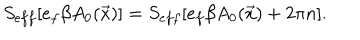
LaTeX: S _ { e f f } [ e _ { f } \beta A _ { 0 } ( \vec { x } ) ] = S _ { e f f } [ e _ { f } \beta A _ { 0 } ( \vec { x } ) + 2 \pi n ] .